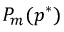
P _ { m } ( p ^ { * } )